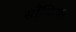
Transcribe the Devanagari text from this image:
सौंफिया